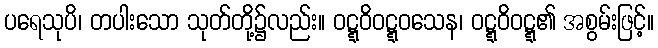
ပရေသုပိ၊ တပါးသော သုတ်တို့၌လည်း။ ဝဋ္ဋဝိဝဋ္ဋဝသေန၊ ဝဋ္ဋဝိဝဋ္ဋ၏ အစွမ်းဖြင့်။